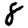
Digit: 8